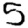
Digit: 5